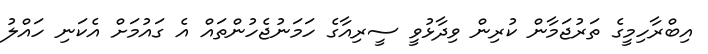
އިބްރާހިމީގެ ތަރުޖަމާން ކުރިން ވިދާޅުވީ ސީރިއާގެ ހަމަނުޖެހުންތައް އެ ގައުމަށް އެކަނި ހައްލު